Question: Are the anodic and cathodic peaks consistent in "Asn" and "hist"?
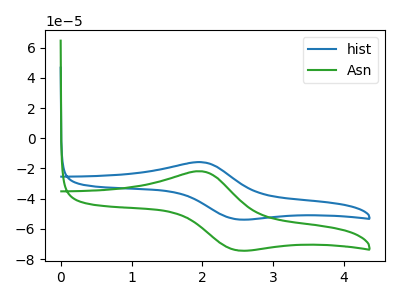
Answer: <think>The blue curve "hist" has an anodic peak at (2.00V, -15.85uA) and a cathodic peak at (2.50V, -53.65uA). The green curve "Asn" has an anodic peak at (2.00V, -21.90uA) and a cathodic peak at (2.50V, -74.15uA).</think>
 <answer>Yes, "Asn" have a peak in "hist" at the same potential.</answer>
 <eval>match</eval>